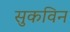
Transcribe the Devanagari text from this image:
सुकविन